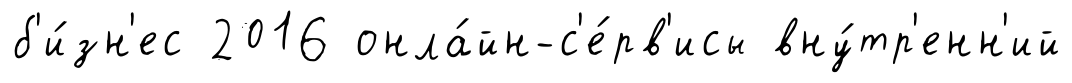
б'и́зн'ес 2016 онла́йн-с'е́рв'исы вну́тр'енн'ий